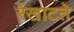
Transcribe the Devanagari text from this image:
रेखाटते